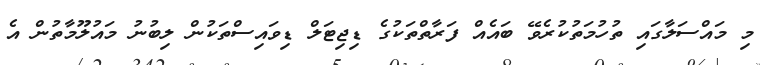
މި މައްސަލާގައި ތުހުމަތުކުރެވޭ ބައެއް ފަރާތްތަކުގެ ޑިޖިޓަލް ޑިވައިސްތަކުން ލިބުނު މައުލޫމާތުން އެ